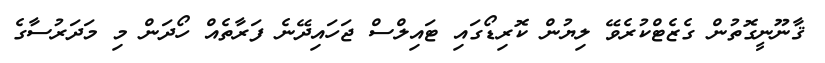
ޤާނޫނީގޮތުން ގެޒެޓްކުރެވޭ ލިޔުން ކޮރިޑޯގައި ޓައިލްސް ޖަހައިދޭނެ ފަރާތެއް ހޯދަން މި މަދަރުސާގެ